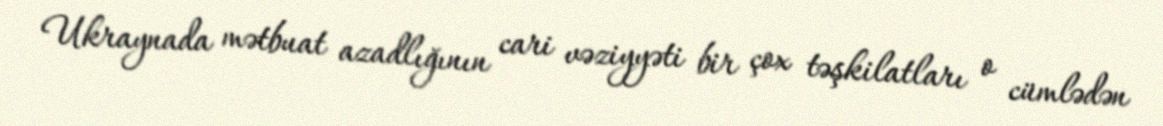
Ukraynada mətbuat azadlığının cari vəziyyəti bir çox təşkilatları o cümlədən